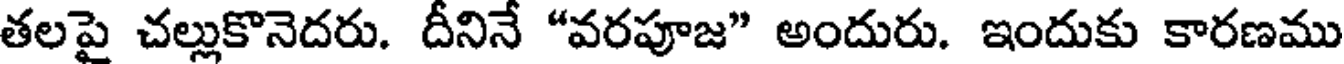
తలపై చల్లుకొనెదరు. దీనినే "వరపూజ" అందురు. ఇందుకు కారణము